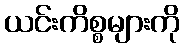
ယင်းကိစ္စများကို